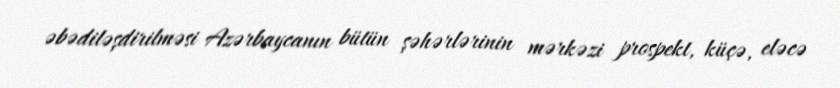
əbədiləşdirilməsi Azərbaycanın bütün şəhərlərinin mərkəzi prospekt, küçə, eləcə